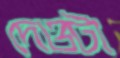
দেওটা